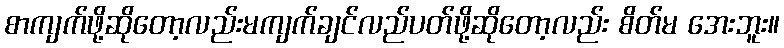
စာကျက်ဖို့ဆိုတော့လည်းမကျက်ချင်လည်ပတ်ဖို့ဆိုတော့လည်း စိတ်မ အေးဘူး။